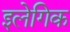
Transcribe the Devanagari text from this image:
इलेगिक